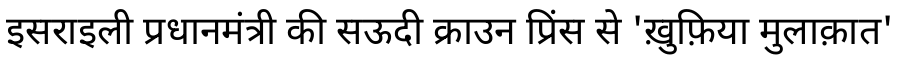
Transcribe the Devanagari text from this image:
इसराइली प्रधानमंत्री की सऊदी क्राउन प्रिंस से 'ख़ुफ़िया मुलाक़ात'